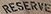
RESERVE